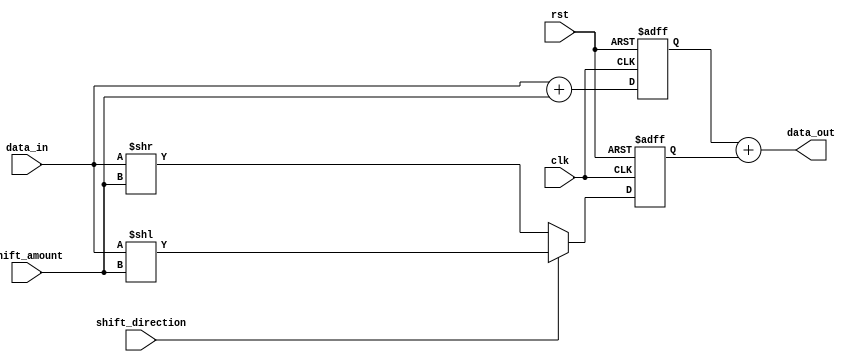
module Hybrid_Barrel_Shifter (
    input clk,
    input rst,
    input [7:0] data_in,
    input [3:0] shift_amount,
    input shift_direction,
    output [7:0] data_out
);

reg [7:0] arithmetic_result;
reg [7:0] shift_result;

always @(posedge clk or posedge rst) begin
    if (rst) begin
        arithmetic_result <= 8'h00;
        shift_result <= 8'h00;
    end else begin
        if (shift_direction) begin // Shift left
            shift_result <= data_in << shift_amount;
        end else begin // Shift right
            shift_result <= data_in >> shift_amount;
        end
        
        arithmetic_result <= data_in + shift_amount; // Add data_in and shift_amount
    end
end

assign data_out = arithmetic_result + shift_result;

endmodule